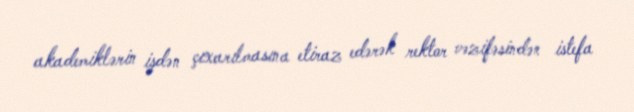
akademiklərin işdən çıxarılmasına etiraz edərək rektor vəzifəsindən istefa